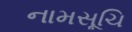
નામસૂચિ